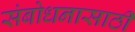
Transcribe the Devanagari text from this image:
संबोधनासाठी